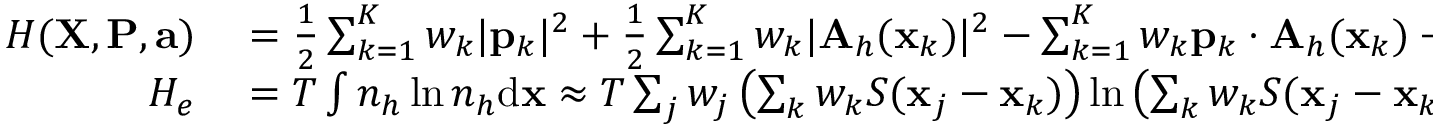
\begin{array} { r l } { H ( { \mathbf X } , { \mathbf P } , { \mathbf a } ) } & { { } = \frac { 1 } { 2 } \sum _ { k = 1 } ^ { K } w _ { k } | { \mathbf p } _ { k } | ^ { 2 } + \frac { 1 } { 2 } \sum _ { k = 1 } ^ { K } w _ { k } | { \mathbf A } _ { h } ( { \mathbf x } _ { k } ) | ^ { 2 } - \sum _ { k = 1 } ^ { K } w _ { k } { \mathbf p } _ { k } \cdot { \mathbf A } _ { h } ( { \mathbf x } _ { k } ) + H _ { e } + \frac { 1 } { 2 } { \mathbf a } ^ { \top } \mathbb { C } ^ { \top } \mathbb { M } _ { 2 } \mathbb { C } { \mathbf a } , } \\ { H _ { e } } & { { } = T \int { n } _ { h } \ln { n } _ { h } \mathrm { d } { \mathbf x } \approx T \sum _ { j } w _ { j } \left( \sum _ { k } w _ { k } S ( { \mathbf x } _ { j } - { \mathbf x } _ { k } ) \right) \ln \left( \sum _ { k } w _ { k } S ( { \mathbf x } _ { j } - { \mathbf x } _ { k } ) \right) , } \end{array}